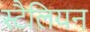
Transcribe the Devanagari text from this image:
स्टैलियन